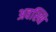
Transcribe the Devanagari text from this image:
अवस्थि